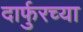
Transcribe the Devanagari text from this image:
दार्फुरच्या